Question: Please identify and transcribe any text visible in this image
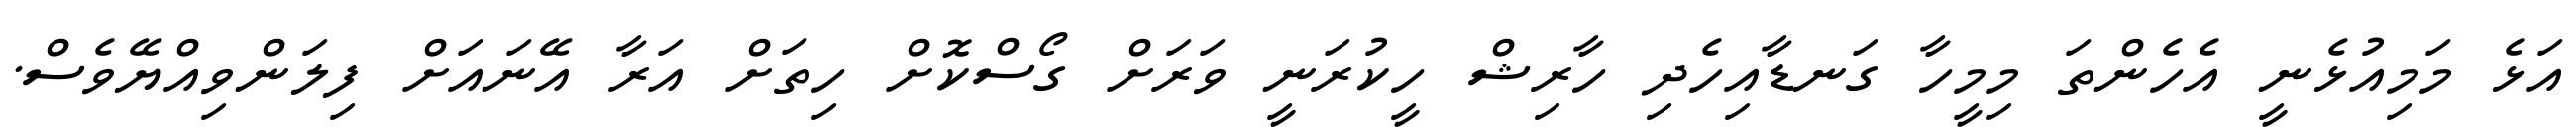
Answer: އަޅެ މަމިއުޅެނީ އެހެންތަ މިމީހާ ގަނޑާއިހެދި ހާރިޝް ހީކުރަނީ ވަރަށް ގޯސްކޮށް ހިތަށް އަރާ އޭނައަށް ފިލަންވިއްޔޭވެސް.